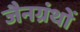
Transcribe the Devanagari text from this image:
जैनग्रंथों